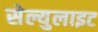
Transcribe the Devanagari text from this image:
सेल्युलाइट